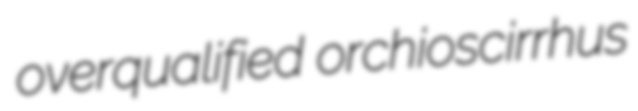
overqualified orchioscirrhus